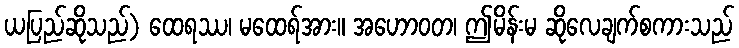
ယပြည်ဆိုသည်) ထေရဿ၊ မထေရ်အား။ အဟောဝတ၊ ဤမိန်းမ ဆိုလေချက်စကားသည်